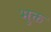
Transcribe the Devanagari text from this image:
भुक्त